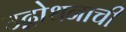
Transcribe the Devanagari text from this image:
उद्बोधनाची